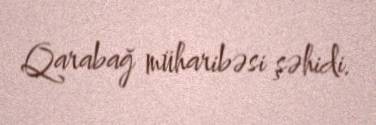
Qarabağ müharibəsi şəhidi.